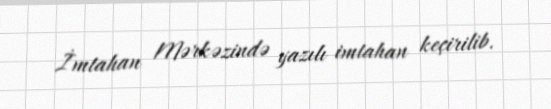
İmtahan Mərkəzində yazılı imtahan keçirilib.